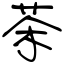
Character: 茶